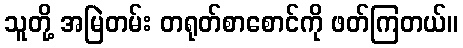
သူတို့ အမြဲတမ်း တရုတ်စာစောင်ကို ဖတ်ကြတယ်။